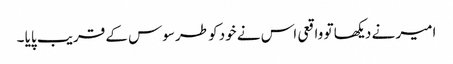
امیر نے دیکھا تو واقعی اس نے خود کو طرسوس کے قریب پایا ۔